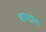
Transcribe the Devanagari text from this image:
शानडोंग